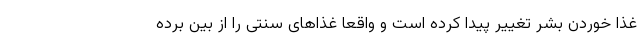
غذا خوردن بشر تغییر پیدا کرده است و واقعا غذاهای سنتی را از بین برده